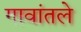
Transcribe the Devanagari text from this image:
गावांतले